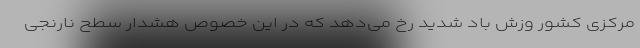
مرکزی کشور وزش باد شدید رخ می‌دهد که در این خصوص هشدار سطح نارنجی